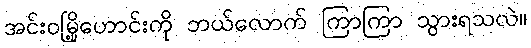
အင်းဝမြို့ဟောင်းကို ဘယ်လောက် ကြာကြာ သွားရသလဲ။